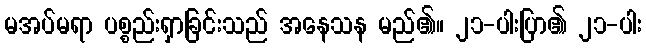
မအပ်မရာ ပစ္စည်းရှာခြင်းသည် အနေသန မည်၏။ ၂၁-ပါးပြာ၏ ၂၁-ပါး